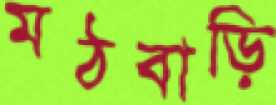
মঠবাড়ি